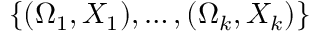
\{ ( \Omega _ { 1 } , X _ { 1 } ) , \ldots , ( \Omega _ { k } , X _ { k } ) \}